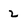
Character: 2